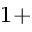
^ { 1 + }